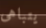
يتباهى